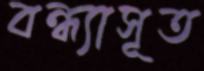
বন্ধ্যাসূত